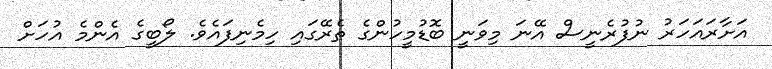
އަށާރައަހަރު ނުފުރެނީސް އޭނަ މިވަނީ ބޮޑުމީހުންގެ ތެރޭގައި ހިމެނިފައެވެ. ލޯބީގެ އެންމެ އުހަށް